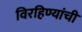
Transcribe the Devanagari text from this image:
विरहिण्यांची